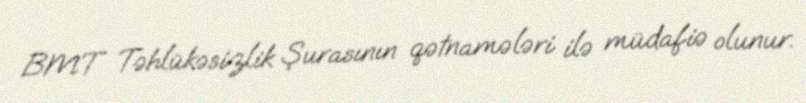
BMT Təhlükəsizlik Şurasının qətnamələri ilə müdafiə olunur.